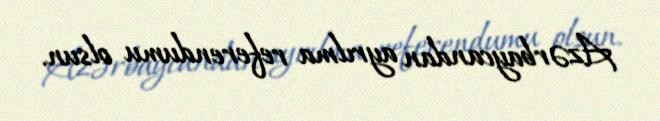
Azərbaycandan ayrılma referendumu olsun.